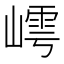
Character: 嶀